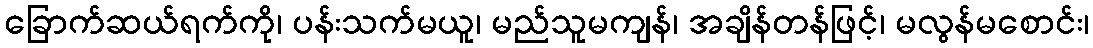
ခြောက်ဆယ်ရက်ကို၊ ပန်းသက်မယူ၊ မည်သူမကျန်၊ အချိန်တန်ဖြင့်၊ မလွန်မစောင်း၊